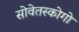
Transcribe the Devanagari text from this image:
सोवेतस्कोगो